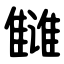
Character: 雠